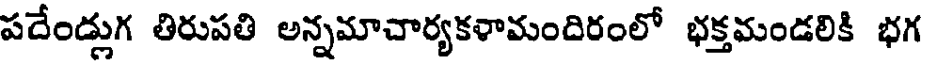
పదేండ్లుగ తిరుపతి అన్నమాచార్యకళామందిరంలో భక్తమండలికి భగ